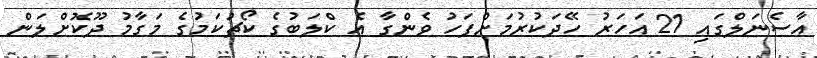
އާސެނަލްގައި 21 އަހަރު ހޭދަކުރުމަށްފަހު ވެންގާ އެ ކްލަބުގެ ކޯޗުކަމުގެ މަގާމު ދޫކޮށްލަން